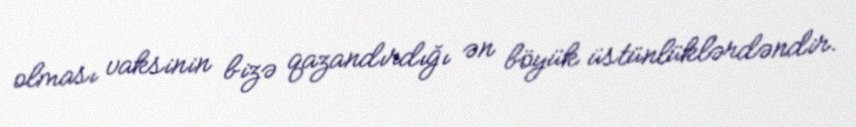
olması vaksinin bizə qazandırdığı ən böyük üstünlüklərdəndir.